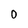
Character: 0